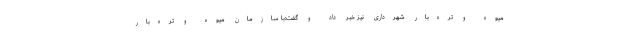
میوه و تره‌بار شهرداری نیز خبر داد و گفت:با سازمان میوه و تره‌بار